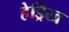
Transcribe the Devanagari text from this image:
हेड्रिख